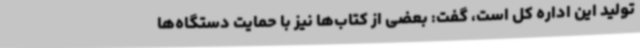
تولید این اداره کل است، گفت: بعضی‌ از کتاب‌ها نیز با حمایت دستگاه‌ها